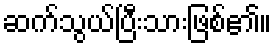
ဆက်သွယ်ပြီးသားဖြစ်၏။